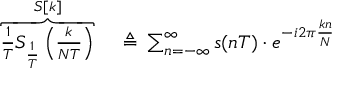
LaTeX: \begin{array} { r l } { \overbrace { { \frac { 1 } { T } } S _ { \frac { 1 } { T } } \left( { \frac { k } { N T } } \right) } ^ { S [ k ] } \, } & { { } \triangleq \, \sum _ { n = - \infty } ^ { \infty } s ( n T ) \cdot e ^ { - i 2 \pi { \frac { k n } { N } } } } \end{array}